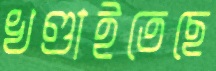
খণ্ডাইতেছে